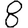
Digit: 8